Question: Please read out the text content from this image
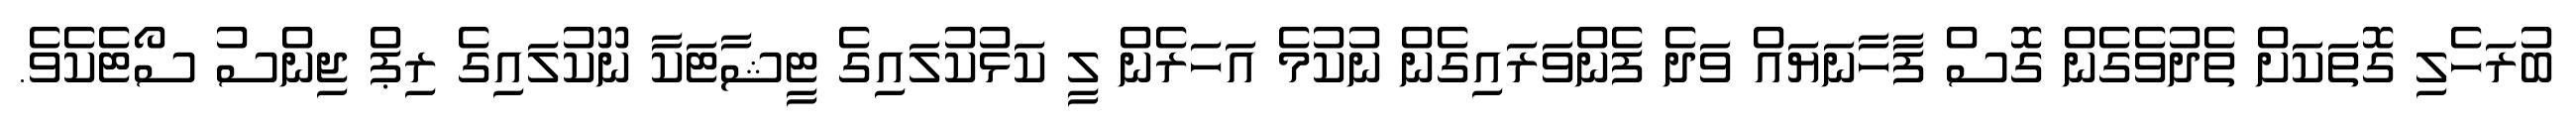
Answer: ބުރަހެލި ގޮތަކަށް ތެދުވެގެން ގޮސް ފާހާނަޔައް ވަދެ ފެންވަރައިގެން ނުކުމެ އަހަރެން ލީ ކަޅުކުލައިގެ ޓީޝާޓަކާ ނޫކުލައިގެ ރިޕް ޖިންސު ސޯޓެކެވެ.